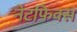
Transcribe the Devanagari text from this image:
नेटफिक्स